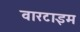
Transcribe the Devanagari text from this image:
वारटाइम